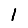
Digit: 1